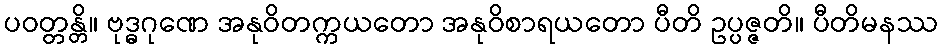
ပဝတ္တန္တိ။ ဗုဒ္ဓဂုဏေ အနုဝိတက္ကယတော အနုဝိစာရယတော ပီတိ ဥပ္ပဇ္ဇတိ။ ပီတိမနဿ